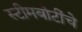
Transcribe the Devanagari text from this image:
स्टीमबोटींचे